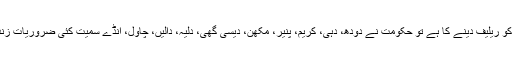
جہاں تک سوال غریب عوام کو ریلیف دینے کا ہے تو حکومت نے دودھ، دہی، کریم، پنیر، مکھن، دیسی گھی، دلیہ، دالیں، چاول، انڈے سمیت کئی ضروریات زندگی کو سستابھی کر دیا ہے۔